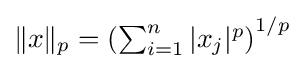
\textstyle \|x\|_{p}=\left(\sum _{i=1}^{n}|x_{j}|^{p}\right)^{1/p}